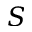
S